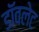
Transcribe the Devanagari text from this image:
डॉवलेट